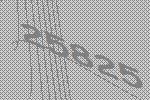
25825